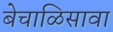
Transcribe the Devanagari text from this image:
बेचाळिसावा